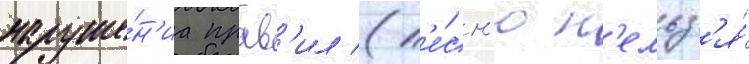
наруше́н'иа прав'ил (п'е́сн'ю н'ельз'я́